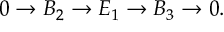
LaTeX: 0 \to B _ { 2 } \to E _ { 1 } \to B _ { 3 } \to 0 .